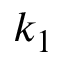
k _ { 1 }